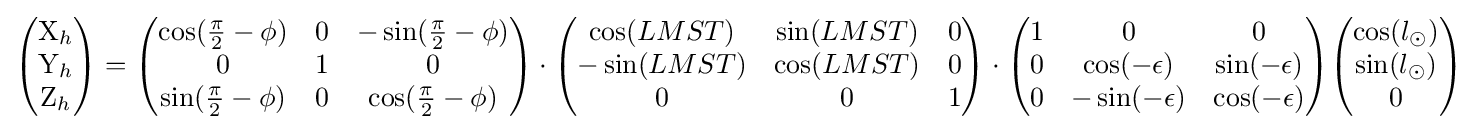
{\begin{pmatrix}\mathrm {X} _{h}\\\mathrm {Y} _{h}\\\mathrm {Z} _{h}\\\end{pmatrix}}={\begin{pmatrix}\cos({\frac {\pi }{2}}-\phi )&0&-\sin({\frac {\pi }{2}}-\phi )\\0&1&0\\\sin({\frac {\pi }{2}}-\phi )&0&\cos({\frac {\pi }{2}}-\phi )\\\end{pmatrix}}\cdot {\begin{pmatrix}\cos(LMST)&\sin(LMST)&0\\-\sin(LMST)&\cos(LMST)&0\\0&0&1\\\end{pmatrix}}\cdot {\begin{pmatrix}1&0&0\\0&\cos(-\epsilon )&\sin(-\epsilon )\\0&-\sin(-\epsilon )&\cos(-\epsilon )\\\end{pmatrix}}{\begin{pmatrix}\cos(l_{\odot })\\\sin(l_{\odot })\\0\\\end{pmatrix}}